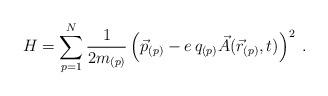
LaTeX: \begin{align*}H=\sum_{p=1}^{N}\frac{1}{2m_{(p)}}\left(\vec{p}_{(p)}-e\,q_{(p)}\vec{A}(\vec{r}_{(p)},t)\right)^{2}\;.\end{align*}